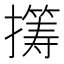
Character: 𫾏